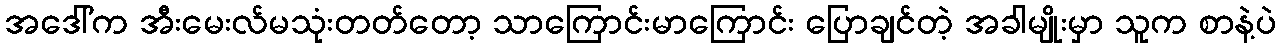
အဒေါ်က အီးမေးလ်မသုံးတတ်တော့ သာကြောင်းမာကြောင်း ပြောချင်တဲ့ အခါမျိုးမှာ သူက စာနဲ့ပဲ